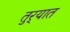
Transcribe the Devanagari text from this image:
तुर्‍यात